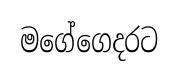
මගේගෙදරට